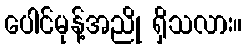
ပေါင်မုန့်အညို ရှိသလား။